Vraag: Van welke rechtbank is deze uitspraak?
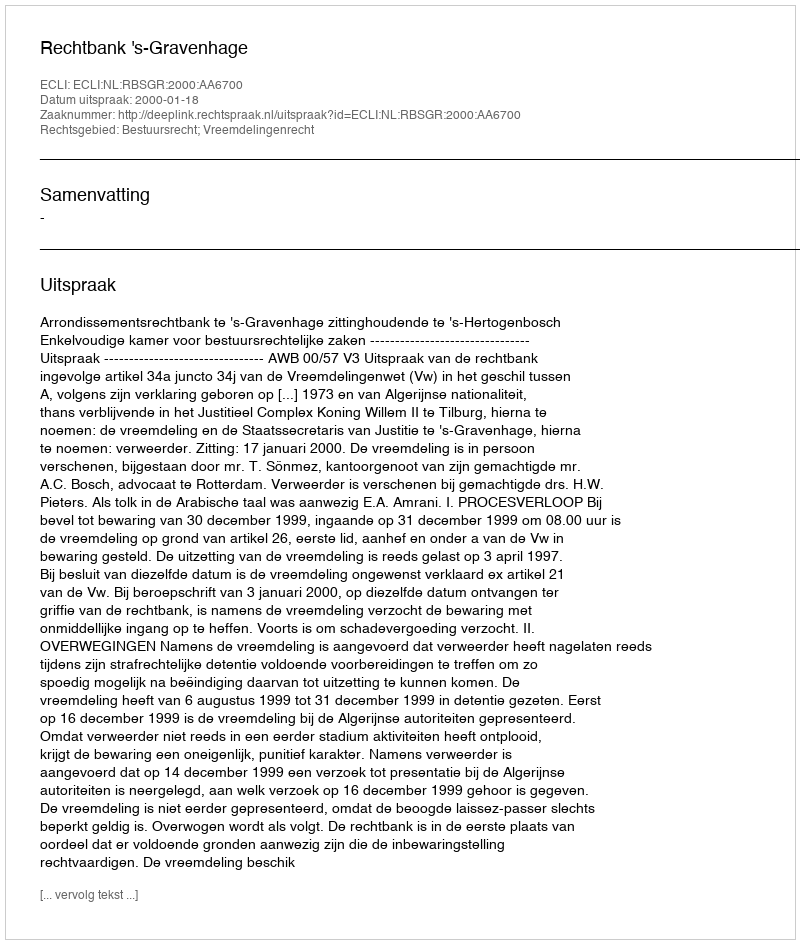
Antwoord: Rechtbank 's-Gravenhage